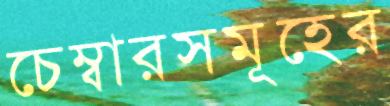
চেম্বারসমূহের